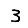
Digit: 3